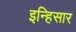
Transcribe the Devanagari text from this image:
इन्हिसार